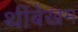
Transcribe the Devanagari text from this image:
थींबेखम